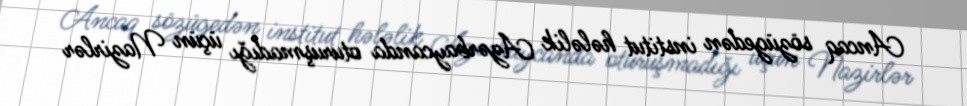
Ancaq sözügedən institut hələlik Azərbaycanda oturuşmadığı üçün Nazirlər